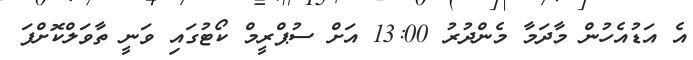
އެ އަޑުއެހުން މާދަމާ މެންދުރު 13:00 އަށް ސުޕްރީމް ކޯޓުގައި ވަނީ ތާވަލްކޮށްފަ